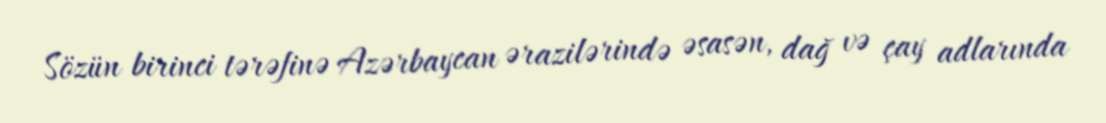
Sözün birinci tərəfinə Azərbaycan ərazilərində əsasən, dağ və çay adlarında